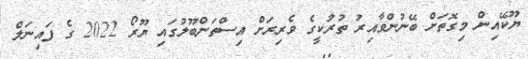
ޔޫކޭއިން މިގޮތަށް ބޭނުންވާއިރު ތުރުކީގެ ވެރިރަށް އިސްތަންބޫލުގައި ޔޫރޯ 2022 ގެ ފައިނަލް